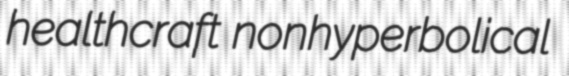
healthcraft nonhyperbolical